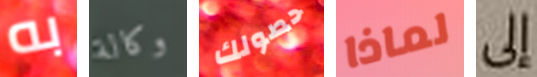
به وكالة حصولك لماذا إلى